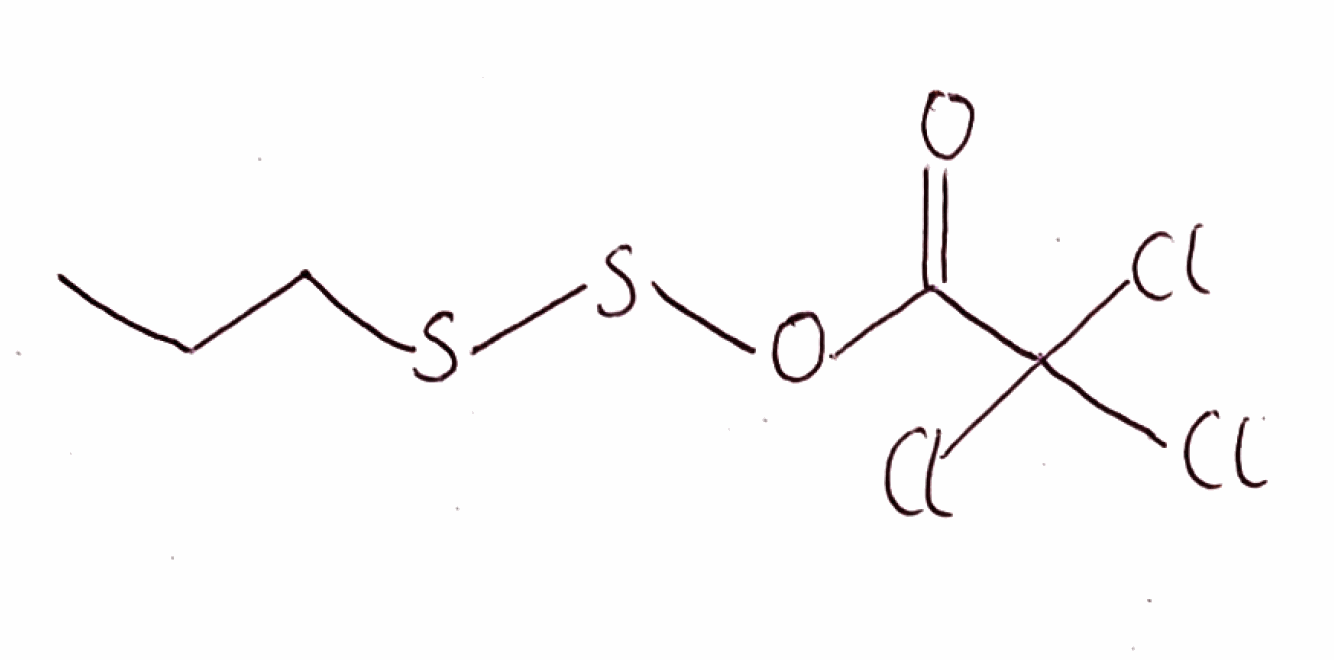
Simplified molecular-input line-entry system (SMILES) notation of the given molecule:
CCCSSOC(=O)C(Cl)(Cl)Cl